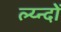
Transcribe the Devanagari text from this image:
ल्य्न्दों